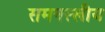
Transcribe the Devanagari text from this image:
समनस्लीय